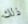
ذلك